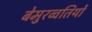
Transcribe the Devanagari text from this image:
बेमुरव्वतियों